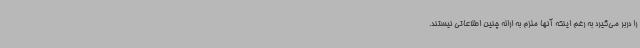
را دربر می‌گیرد به رغم اینکه آنها ملزم به ارائه چنین اطلاعاتی نیستند.